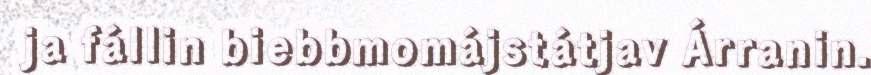
ja fállin biebbmomájstátjav Árranin.